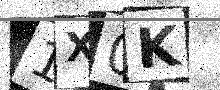
Text: 1X0K